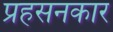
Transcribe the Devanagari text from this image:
प्रहसनकार